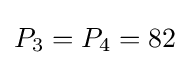
P_{3}=P_{4}=82